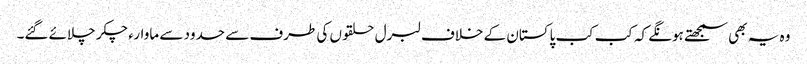
وہ یہ بھی سمجھتے ہونگے کہ کب کب پاکستان کے خلاف لبرل حلقوں کی طرف سے حدود سے ماوارء چکر چلائے گئے۔